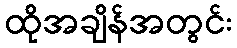
ထိုအချိန်အတွင်း